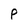
Character: P